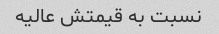
نسبت به قیمتش عالیه